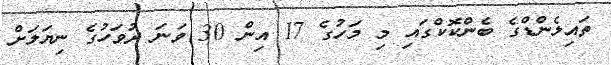
ތައިލެންޑްގެ ބެންކޮކްގައި މި މަހުގެ 17 އިން 30 ވަނަ ދުވަހުގެ ނިޔަލަށް